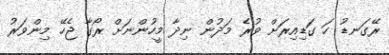
ރޭގަނޑު ހަ ގަޑިއިރަށް ވުރެ މަދުން ނިދާ މީހުންނަށް ރޯގާ ޖެހޭ މިންވަރު